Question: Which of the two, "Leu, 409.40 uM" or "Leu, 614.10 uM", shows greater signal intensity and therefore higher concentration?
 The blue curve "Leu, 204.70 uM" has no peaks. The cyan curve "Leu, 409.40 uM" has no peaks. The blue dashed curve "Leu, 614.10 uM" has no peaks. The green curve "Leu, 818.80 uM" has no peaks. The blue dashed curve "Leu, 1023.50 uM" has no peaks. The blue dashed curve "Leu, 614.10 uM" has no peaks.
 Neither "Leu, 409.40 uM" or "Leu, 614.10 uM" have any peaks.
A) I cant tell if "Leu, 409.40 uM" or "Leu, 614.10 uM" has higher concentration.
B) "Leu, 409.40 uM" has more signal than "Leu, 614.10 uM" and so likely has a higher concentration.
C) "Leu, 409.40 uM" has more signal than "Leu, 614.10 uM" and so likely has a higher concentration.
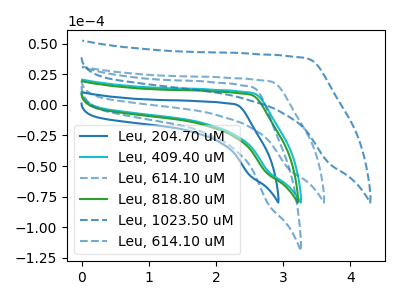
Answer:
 <answer>A) I cant tell if "Leu, 409.40 uM" or "Leu, 614.10 uM" has higher concentration.</answer>
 <eval>A</eval>